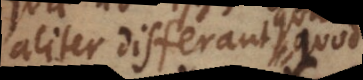
aliter differant quam